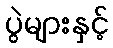
ပွဲများနှင့်